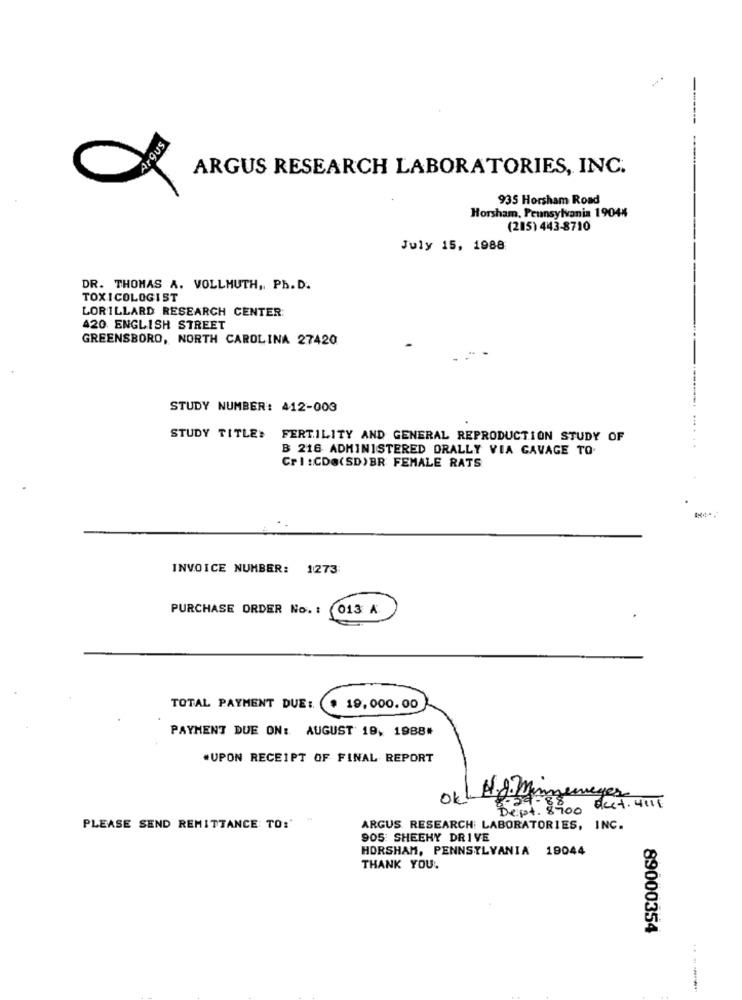
-
AYOUS
ARGUS RESEARCH LABORATORIES, INC.
935 Horsham Road
Horsham, Pennsylvania 19044
(215) 443-8710
July 15, 1988
DR. THOMAS A. VOLLMUTH ,, Ph. D.
TOXICOLOGIST
LORILLARD RESEARCH CENTER:
420 ENGLISH STREET
GREENSBORO, NORTH CAROLINA 27420
STUDY NUMBER: 412-003
STUDY TITLE> FERTILITY AND GENERAL REPRODUCTION STUDY OF
B 216 ADMINISTERED ORALLY VIA GAVAGE TO.
Crl :CD@(SD)BR FEMALE RATS
INVOICE NUMBER: 1273
PURCHASE ORDER No. : 013 A
TOTAL PAYMENT DUE: (
19,000.00
PAYMENT DUE ON: AUGUST 19, 1988*
.UPON RECEIPT OF FINAL REPORT
yes
29.8500 acct. 4111
PLEASE SEND REMITTANCE TO:'
ARGUS RESEARCH LABORATORIES, INC.
905: SHEEHY DRIVE
HORSHAM, PENNSYLVANIA 19044
THANK YOU.
89000354